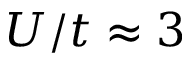
U / t \approx 3